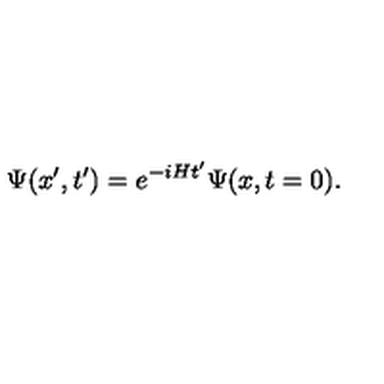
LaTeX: \Psi ( x ^ { \prime } , t ^ { \prime } ) = e ^ { - i H t ^ { \prime } } \Psi ( x , t = 0 ) .